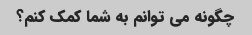
چگونه می توانم به شما کمک کنم؟